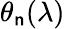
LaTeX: \theta_{\mathsf{n}}(\lambda)